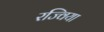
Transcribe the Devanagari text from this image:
रज्विया